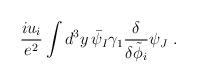
LaTeX: \begin{align*}\frac{i u_i}{e^2} \int d^3 y\, \bar\psi_{I} \gamma_1 \frac{\delta }{\delta \tilde\phi_i} \psi_{J}\ . \end{align*}